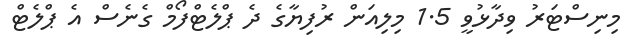
މިނިސްޓަރު ވިދާޅުވީ 1.5 މިލިއަން ރުފިޔާގެ ދެ ޕްލެޓްފޯމް ގެނެސް އެ ޕްލެޓް